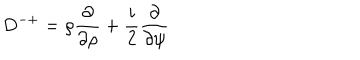
D ^ { - + } = \rho \frac { \partial } { \partial \rho } + \frac { i } { 2 } \frac { \partial } { \partial \psi }